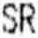
SR